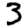
Digit: 3